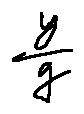
\frac { y } { q }